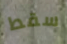
سقط